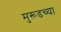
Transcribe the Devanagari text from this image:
मुरूडच्या